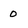
Character: 0